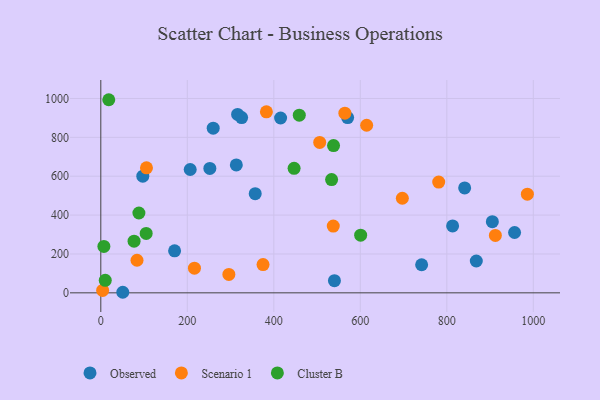
{"axis": {"x": "Ad Spend", "y": "Sales"}, "legend": ["Cluster B", "Observed", "Scenario 1"], "data": [{"x": "259.9", "y": 847.0, "type": "Observed"}, {"x": "905.3", "y": 365.9, "type": "Observed"}, {"x": "540.2", "y": 62.8, "type": "Observed"}, {"x": "570.7", "y": 902.0, "type": "Observed"}, {"x": "841.3", "y": 540.0, "type": "Observed"}, {"x": "97.1", "y": 600.2, "type": "Observed"}, {"x": "956.7", "y": 310.5, "type": "Observed"}, {"x": "741.8", "y": 144.4, "type": "Observed"}, {"x": "252.1", "y": 639.9, "type": "Observed"}, {"x": "170.6", "y": 216.0, "type": "Observed"}, {"x": "313.3", "y": 658.0, "type": "Observed"}, {"x": "316.3", "y": 917.9, "type": "Observed"}, {"x": "325.6", "y": 902.0, "type": "Observed"}, {"x": "357.0", "y": 510.1, "type": "Observed"}, {"x": "813.4", "y": 344.4, "type": "Observed"}, {"x": "50.8", "y": 2.9, "type": "Observed"}, {"x": "206.7", "y": 634.5, "type": "Observed"}, {"x": "868.2", "y": 163.9, "type": "Observed"}, {"x": "415.7", "y": 899.6, "type": "Observed"}, {"x": "986.3", "y": 507.7, "type": "Scenario 1"}, {"x": "4.2", "y": 12.2, "type": "Scenario 1"}, {"x": "105.6", "y": 643.3, "type": "Scenario 1"}, {"x": "375.1", "y": 145.2, "type": "Scenario 1"}, {"x": "296.1", "y": 94.7, "type": "Scenario 1"}, {"x": "83.7", "y": 167.6, "type": "Scenario 1"}, {"x": "537.5", "y": 343.6, "type": "Scenario 1"}, {"x": "912.3", "y": 295.4, "type": "Scenario 1"}, {"x": "382.9", "y": 931.2, "type": "Scenario 1"}, {"x": "781.3", "y": 570.1, "type": "Scenario 1"}, {"x": "697.2", "y": 486.7, "type": "Scenario 1"}, {"x": "564.3", "y": 924.5, "type": "Scenario 1"}, {"x": "216.5", "y": 126.8, "type": "Scenario 1"}, {"x": "614.7", "y": 862.3, "type": "Scenario 1"}, {"x": "506.1", "y": 774.0, "type": "Scenario 1"}, {"x": "446.9", "y": 640.4, "type": "Cluster B"}, {"x": "600.8", "y": 296.6, "type": "Cluster B"}, {"x": "538.1", "y": 757.5, "type": "Cluster B"}, {"x": "76.9", "y": 266.0, "type": "Cluster B"}, {"x": "7.1", "y": 238.6, "type": "Cluster B"}, {"x": "104.9", "y": 305.5, "type": "Cluster B"}, {"x": "533.6", "y": 582.9, "type": "Cluster B"}, {"x": "10.3", "y": 64.6, "type": "Cluster B"}, {"x": "88.1", "y": 410.7, "type": "Cluster B"}, {"x": "18.4", "y": 993.6, "type": "Cluster B"}, {"x": "458.9", "y": 914.1, "type": "Cluster B"}]}